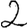
Digit: 2